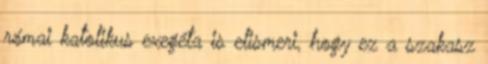
római katolikus exegéta is elismeri, hogy ez a szakasz